Report of the Bombay Plague Committee
Disease focus: Plague
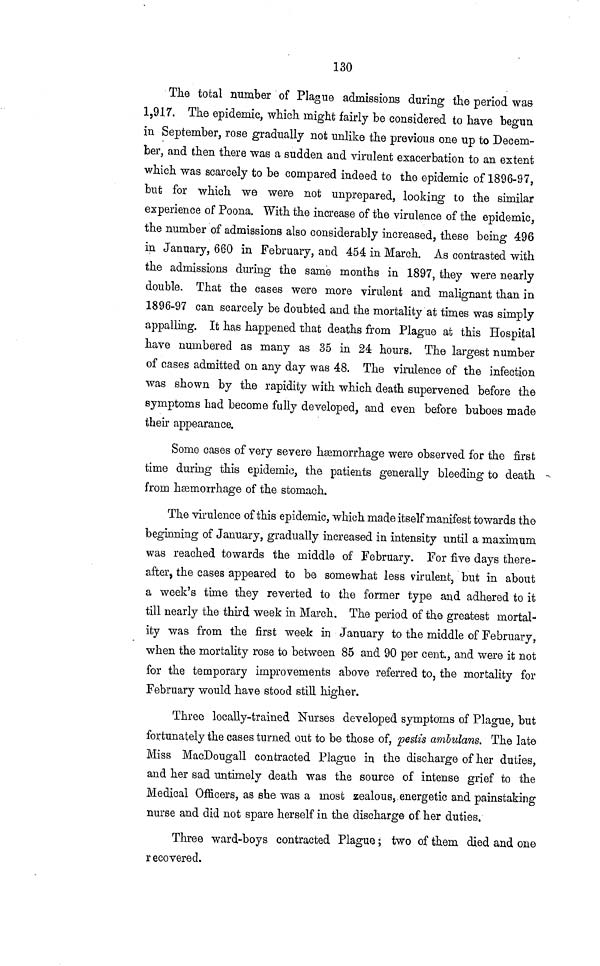
130
The total number of Plague admissions during the period was
1,917. The epidemic, which might fairly be considered to have begun
in September, rose gradually not unlike the previous one up to Decem-
ber, and then there was a sudden and virulent exacerbation to an extent
which was scarcely to be compared indeed to the epidemic of 1896-97,
but for which we were not unprepared, looking to the similar
experience of Poona. With the increase of the virulence of the epidemic,
the number of admissions also considerably increased, these being 496
in January, 660 in February, and 454 in March. As contrasted with
the admissions during the same months in 1897, they were nearly
double. That the cases were more virulent and malignant than in
1896-97 can scarcely be doubted and the mortality at times was simply
appalling. It has happened that deaths from Plague at this Hospital
have numbered as many as 35 in 24 hours. The largest number
of cases admitted on any day was 48. The virulence of the infection
was shown by the rapidity with which death supervened before the
symptoms had become fully developed, and even before buboes made
their appearance.
Some cases of very severe hæmorrhage were observed for the first
time during this epidemic, the patients generally bleeding to death
from hæmorrhage of the stomach.
The virulence of this epidemic, which made itself manifest towards the
beginning of January, gradually increased in intensity until a maximum
was reached towards the middle of February. For five days there-
after, the cases appeared to be somewhat less virulent, but in about
a week's time they reverted to the former type and adhered to it
till nearly the third week in March. The period of the greatest mortal-
ity was from the first week in January to the middle of February,
when the mortality rose to between 85 and 90 per cent, and were it not
for the temporary improvements above referred to, the mortality for
February would have stood still higher.
Three locally-trained Nurses developed symptoms of Plague, but
fortunately the cases turned out to be those of, pestis ambulans. The late
Miss MacDougall contracted Plague in the discharge of her duties,
and her sad untimely death was the source of intense grief to the
Medical Officers, as she was a most zealous, energetic and painstaking
nurse and did not spare herself in the. discharge of her duties.
Three ward-boys contracted Plague ; two of them died and one
recovered.